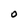
Character: O